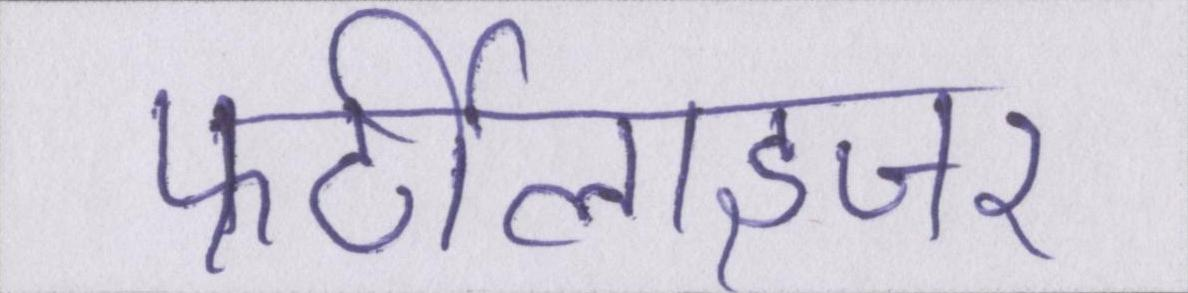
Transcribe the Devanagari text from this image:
फर्टीलाइजर